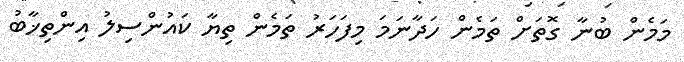
މަމެން ބުނާ ގޮތަށް ތަމެން ހަދާނަމަ މިފަހަރު ތަމެން ތިޔާ ކައުންސިލު އިންތިޚާބު